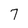
Character: 7